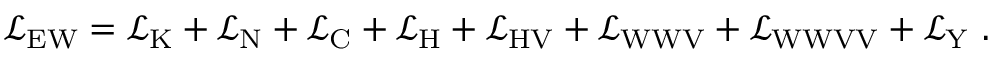
{ \mathcal { L } } _ { \mathrm { E W } } = { \mathcal { L } } _ { \mathrm { K } } + { \mathcal { L } } _ { \mathrm { N } } + { \mathcal { L } } _ { \mathrm { C } } + { \mathcal { L } } _ { \mathrm { H } } + { \mathcal { L } } _ { \mathrm { H V } } + { \mathcal { L } } _ { \mathrm { W W V } } + { \mathcal { L } } _ { \mathrm { W W V V } } + { \mathcal { L } } _ { \mathrm { Y } } ~ .